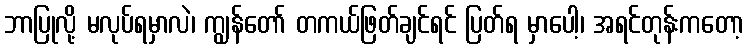
ဘာပြုလို့ မလုပ်ရမှာလဲ၊ ကျွန်တော် တကယ်ဖြတ်ချင်ရင် ပြတ်ရ မှာပေါ့၊ အရင်တုန်းကတော့